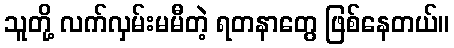
သူတို့ လက်လှမ်းမမီတဲ့ ရတနာတွေ ဖြစ်နေတယ်။